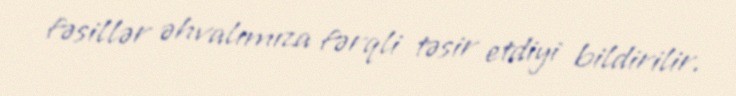
fəsillər əhvalımıza fərqli təsir etdiyi bildirilir.